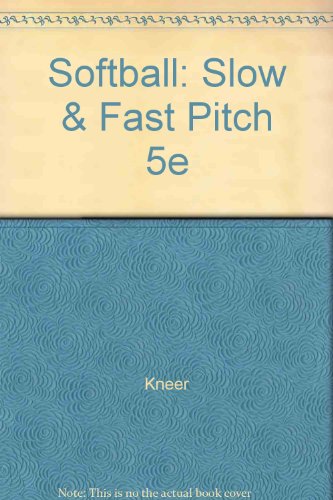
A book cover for Softball: Slow & Fast Pitch 5e (WCB sports and fitness series); Kneer; Sports & Outdoors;